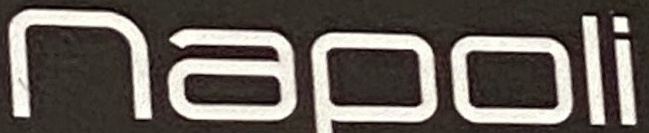
Napoli